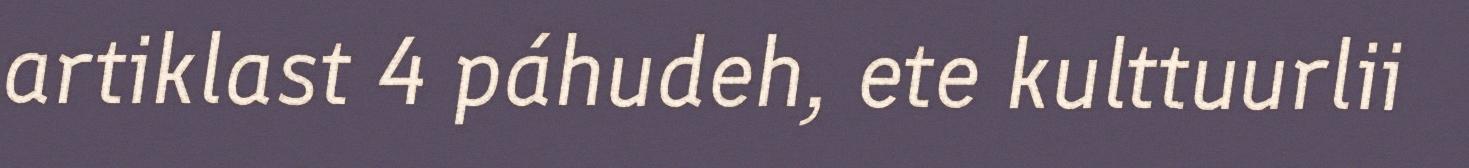
artiklast 4 páhudeh, ete kulttuurlii